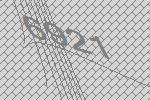
6921